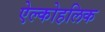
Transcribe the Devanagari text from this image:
ऐल्कोहलिक